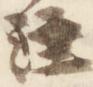
注